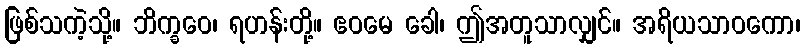
ဖြစ်သကဲ့သို့။ ဘိက္ခဝေ၊ ရဟန်းတို့။ ဧဝမေ ခေါ၊ ဤအတူသာလျှင်။ အရိယသာဝကော၊